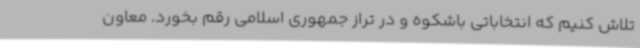
تلاش کنیم که انتخاباتی باشکوه و در تراز جمهوری اسلامی رقم بخورد. معاون